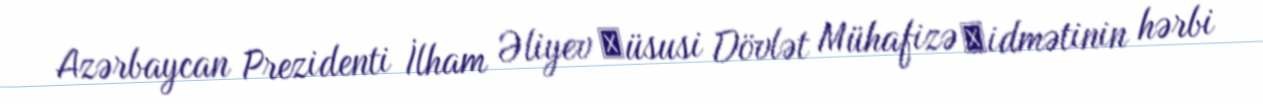
Azərbaycan Prezidenti İlham Əliyev Хüsusi Dövlət Mühafizə Хidmətinin hərbi